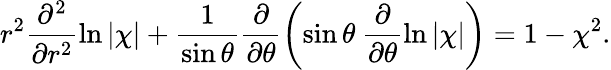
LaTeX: r^{2}\frac{\partial^{2}}{\partial r^{2}}\ln|\chi|+\frac{1}{\sin\theta}\frac{\partial}{\partial\theta}\left(\sin\theta\: \frac{\partial}{\partial\theta}\ln|\chi|\right)=1-\chi^{2}.